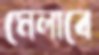
মেলাবে